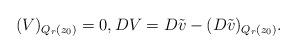
LaTeX: \begin{align*}(V)_{Q_r(z_0)}=0,DV= D\tilde v - (D \tilde v)_{Q_{r}(z_0)}.\end{align*}